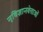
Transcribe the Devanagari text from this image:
नृविज्ञानवेत्ताओं